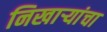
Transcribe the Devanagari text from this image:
निखाऱ्यांचा